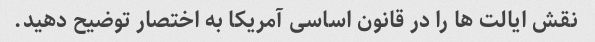
نقش ایالت ها را در قانون اساسی آمریکا به اختصار توضیح دهید.